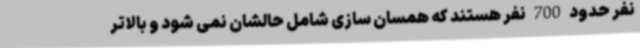
نفر حدود 700 نفر هستند که همسان سازی شامل حالشان نمی شود و بالاتر